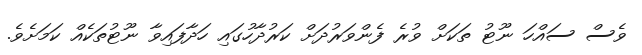
ވެސް ސައްހަ ނޫޓު ތަކަށް ވުރެ ފެންވަރުދަށް ކަރުދާހުގައި ހަދާފައިވާ ނޫޓުތަކެއް ކަމަށެވެ.